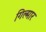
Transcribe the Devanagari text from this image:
गिल्मार